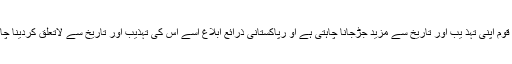
پاکستانی قوم اپنی تہذ یب اور تاریخ سے مزید جڑجانا چاہتی ہے او رپاکستانی ذرائع ابلاغ اسے اس کی تہذیب اور تاریخ سے لاتعلق کردینا چاہتے ہیں۔